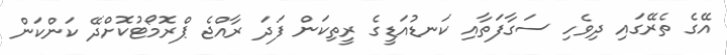
އޭގެ ތެރޭގައި ދިވެހި ސަގާފަތާއި ކަނޑުއަޑީގެ ރީތިކަން ފަދަ ރާއްޖެ ޕްރޮމޯޓުކޮށްދޭ ކަންކަން